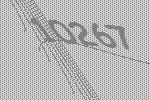
10267